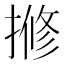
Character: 𫝽